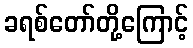
ခရစ်တော်တို့ကြောင့်